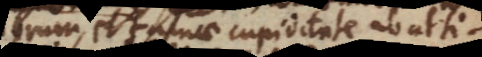
aliorum et famae cupiditate ab artificiis